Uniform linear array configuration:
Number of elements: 8
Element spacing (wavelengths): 1
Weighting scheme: exponential
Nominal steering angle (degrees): -60
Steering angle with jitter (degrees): -60.883
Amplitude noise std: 0.05
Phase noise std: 0.05

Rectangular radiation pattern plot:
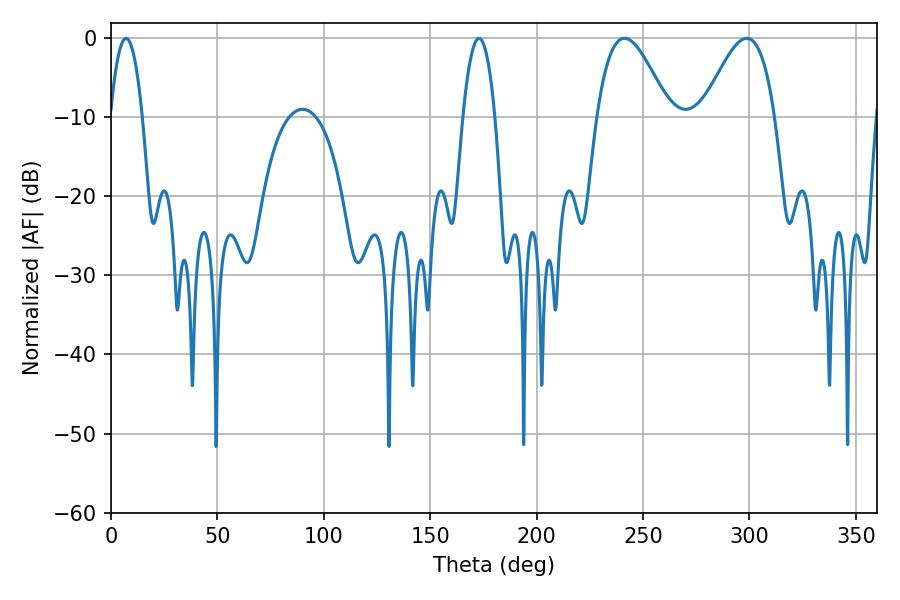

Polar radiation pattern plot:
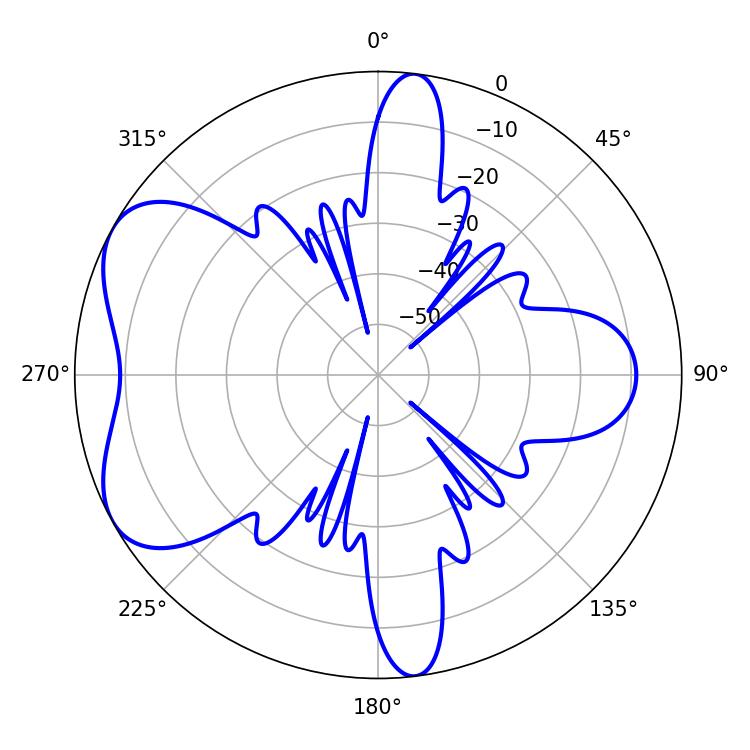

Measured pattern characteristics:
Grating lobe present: TRUE
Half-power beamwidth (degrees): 18.36
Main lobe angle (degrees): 241.2